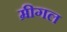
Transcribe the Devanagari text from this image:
म्रीगल